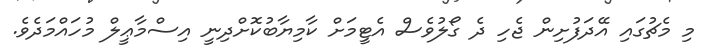
މި މެޗުގައި އޭދަފުށިން ޖެހި ދެ ގޯލުވެސް އެޓީމަށް ކާމިޔާބުކޮށްދިނީ އިސްމާޢީލް މުހައްމަދެވެ.